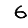
Digit: 6